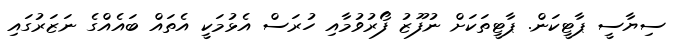
ސިޔާސީ ޕާޓީކަން. ޕާޓީތަކަށް ނުފޫޒު ފޯރުވުމާއި ހުރަސް އެޅުމަކީ އެތައް ބައެއްގެ ނަޒަރުގައި